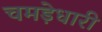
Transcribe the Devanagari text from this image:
चमड़ेधारी